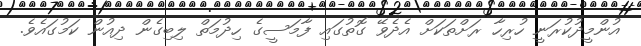
އުންމީދުކުރަނީ ހުރިހާ ރަށްތަކަށް އެދެވޭ ގޮތުގައި ފާމަސީގެ ހިދުމަތް ލިބިގެން ދިއުން ކަމުގައެވެ.